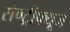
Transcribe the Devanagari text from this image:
सेण्ट्रीफ्यूज